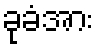
ခုခံအား